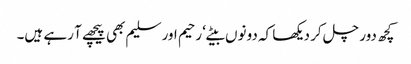
کچھ دور چل کر دیکھا کہ دونوں بیٹے‘ رحیم اور سلیم بھی پیچھے آ رہے ہیں۔